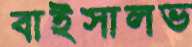
বাইসালভ